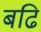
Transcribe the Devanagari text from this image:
बढि